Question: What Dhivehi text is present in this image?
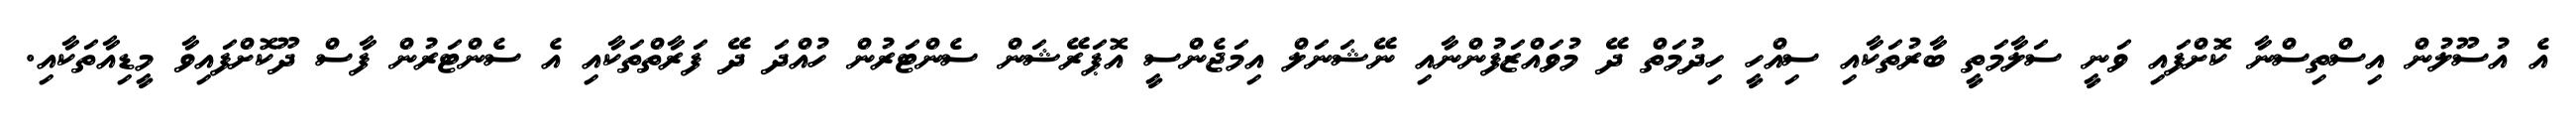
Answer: އެ އުސޫލުން އިސްތިސްނާ ކޮށްފައި ވަނީ ސަލާމަތީ ބާރުތަކާއި ސިއްހީ ހިދުމަތް ދޭ މުވައްޒަފުންނާއި ނޭޝަނަލް އިމަޖެންސީ އޮޕަރޭޝަން ސެންޓަރުން ހުއްދަ ދޭ ފަރާތްތަކާއި އެ ސެންޓަރުން ފާސް ދޫކޮށްފައިވާ މީޑިއާތަކާއި.